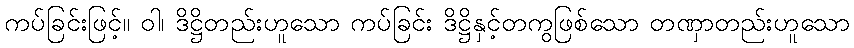
ကပ်ခြင်းဖြင့်။ ဝါ၊ ဒိဋ္ဌိတည်းဟူသော ကပ်ခြင်း ဒိဋ္ဌိနှင့်တကွဖြစ်သော တဏှာတည်းဟူသော